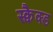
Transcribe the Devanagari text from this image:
स्क्वैक्ड